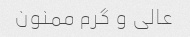
عالی و گرم ممنون